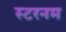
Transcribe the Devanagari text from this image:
स्टरनम